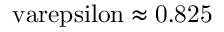
\mathrm { \ v a r e p s i l o n \approx 0 . 8 2 5 }